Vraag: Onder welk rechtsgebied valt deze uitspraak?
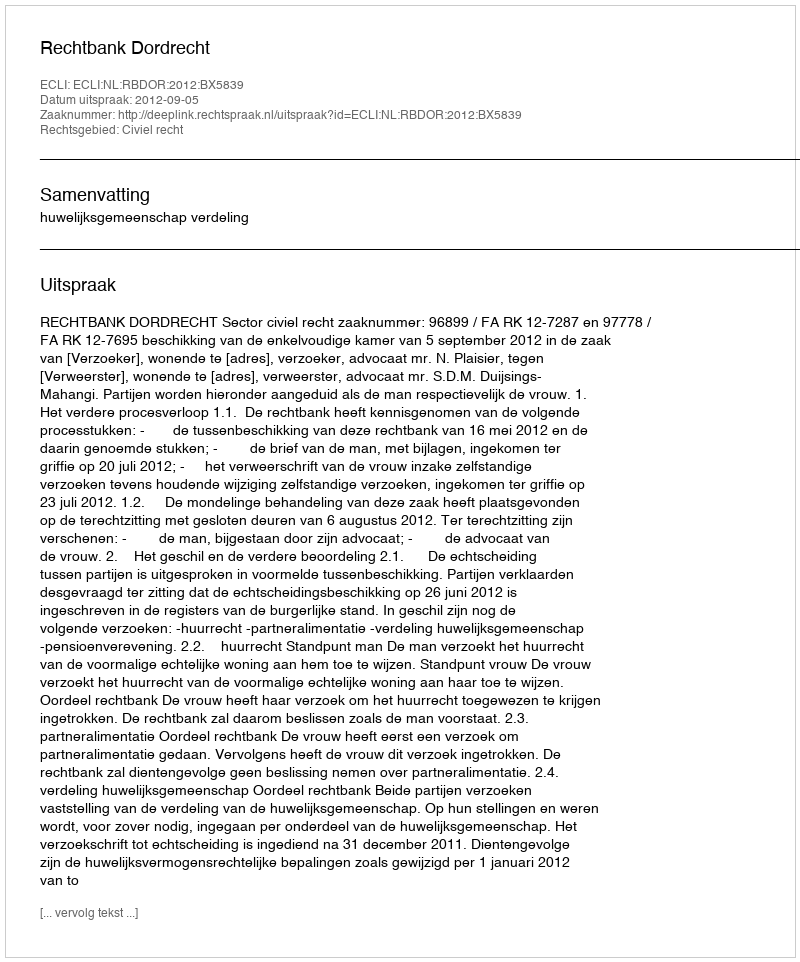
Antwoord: Civiel recht